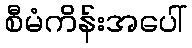
စီမံကိန်းအပေါ်